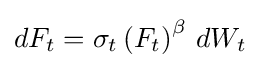
dF_{t}=\sigma _{t}\left(F_{t}\right)^{\beta }\,dW_{t}